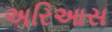
અરિઆસ